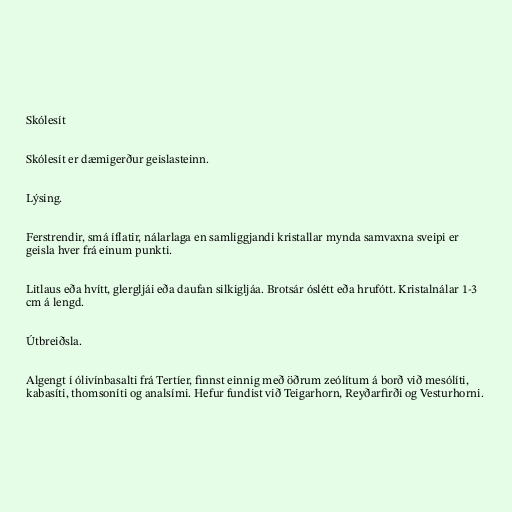
Skólesít

Skólesít er dæmigerður geislasteinn.

Lýsing.

Ferstrendir, smá íflatir, nálarlaga en samliggjandi kristallar mynda samvaxna sveipi er
geisla hver frá einum punkti.

Litlaus eða hvítt, glergljái eða daufan silkigljáa. Brotsár óslétt eða hrufótt. Kristalnálar 1-3
cm á lengd.

Útbreiðsla.

Algengt í ólivínbasalti frá Tertíer, finnst einnig með öðrum zeólítum á borð við mesólíti,
kabasíti, thomsoníti og analsími. Hefur fundist við Teigarhorn, Reyðarfirði og Vesturhorni.